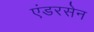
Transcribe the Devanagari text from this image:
एंडरसेन